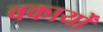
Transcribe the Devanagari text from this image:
वकार्यों